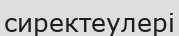
сиректеулері